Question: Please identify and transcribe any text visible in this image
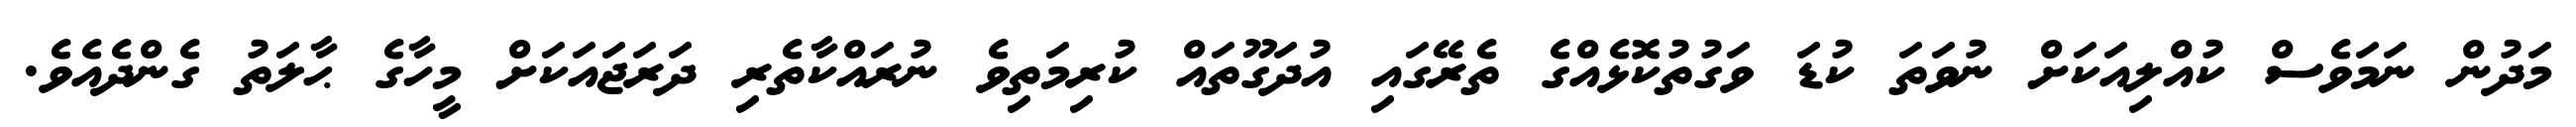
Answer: މަދުން ނަމަވެސް ކުއްލިއަކަށް ނުވަތަ ކުޑަ ވަގުތުކޮޅެއްގެ ތެރޭގައި އުދަގޫތައް ކުރިމަތިވެ ނުރައްކާތެރި ދަރަޖައަކަށް މީހާގެ ޙާލަތު ގެންދެއެވެ.